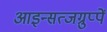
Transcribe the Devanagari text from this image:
आइन्सत्जग्रुप्पें